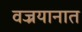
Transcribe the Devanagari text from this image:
वज्रयानात